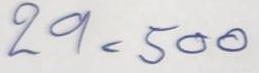
29 = 500